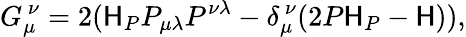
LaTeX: G_{\mu}^{~\nu}=2({\cal\mathsf{H}}_{P}P_{\mu\lambda}P^{\nu\lambda}-\delta_{\mu}^{~\nu}(2P{\cal\mathsf{H}}_{P}-{\cal\mathsf{H}})),